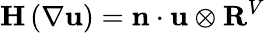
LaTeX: \mathbf{H}\left(\nabla\mathbf{u}\right)=\mathbf{n}\cdot\mathbf{u}\otimes\mathbf{R}^{V}